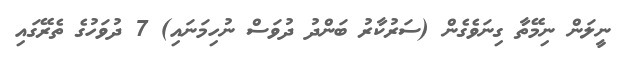
ނީލަން ނިމޭތާ ގިނަވެގެން (ސަރުކާރު ބަންދު ދުވަސް ނުހިމަނައި) 7 ދުވަހުގެ ތެރޭގައި